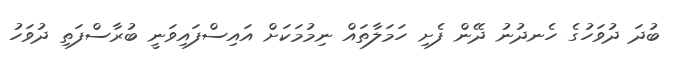
ބުދަ ދުވަހުގެ ހެނދުނު ދޭން ފެށި ހަމަލާތައް ނިމުމަކަށް އައިސްފައިވަނީ ބުރާސްފަތި ދުވަހު